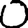
Digit: 0